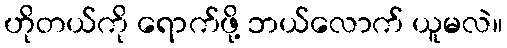
ဟိုတယ်ကို ရောက်ဖို့ ဘယ်လောက် ယူမလဲ။